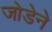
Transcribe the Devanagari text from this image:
जोडेने